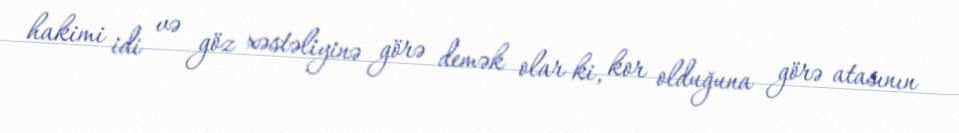
hakimi idi və göz xəstəliyinə görə demək olar ki, kor olduğuna görə atasının